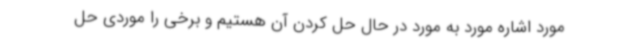
مورد اشاره مورد به مورد در حال حل کردن آن هستیم و برخی را موردی حل